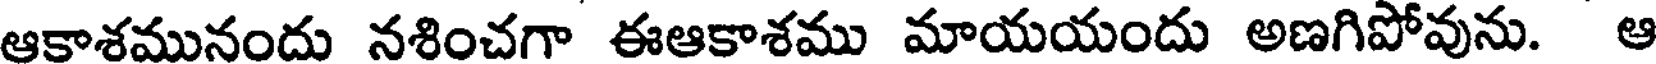
ఆకాశమునందు నశించగా ఈఆకాశము మాయయందు అణగిపోవును. ఆ